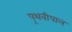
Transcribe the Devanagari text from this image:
पृथवीपाल